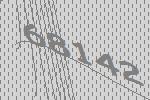
68142